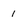
Character: 1